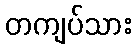
တကျပ်သား